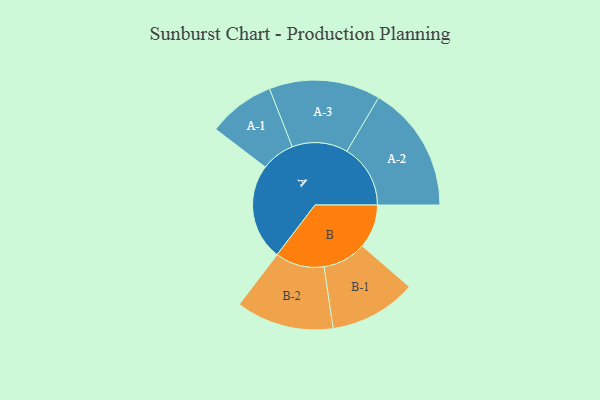
{"axis": {"x": "Segment", "y": "Value"}, "legend": ["", "A", "B"], "data": [{"x": "A", "y": 429, "type": ""}, {"x": "B", "y": 195, "type": ""}, {"x": "A-1", "y": 149, "type": "A"}, {"x": "A-2", "y": 283, "type": "A"}, {"x": "A-3", "y": 248, "type": "A"}, {"x": "B-1", "y": 194, "type": "B"}, {"x": "B-2", "y": 218, "type": "B"}]}